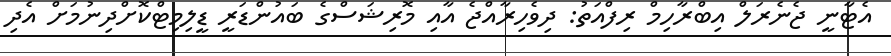
އެޓާނީ ޖެނެރަލް އިބްރާހިމް ރިފްއަތު: ދިވެހިރާއްޖެ އާއި މޮރިޝަސްގެ ބައުންޑަރީ ޑީލިމިޓްކޮށްދިނުމަށް އެދި